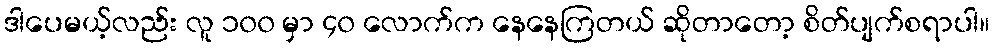
ဒါပေမယ့်လည်း လူ ၁၀၀ မှာ ၄၀ လောက်က နေနေကြတယ် ဆိုတာတော့ စိတ်ပျက်စရာပါ။